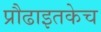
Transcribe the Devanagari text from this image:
प्रौढाइतकेच